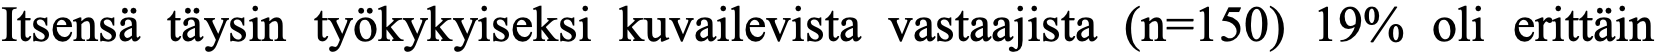
Itsensä täysin työkykyiseksi kuvailevista vastaajista (n=150) 19% oli erittäin